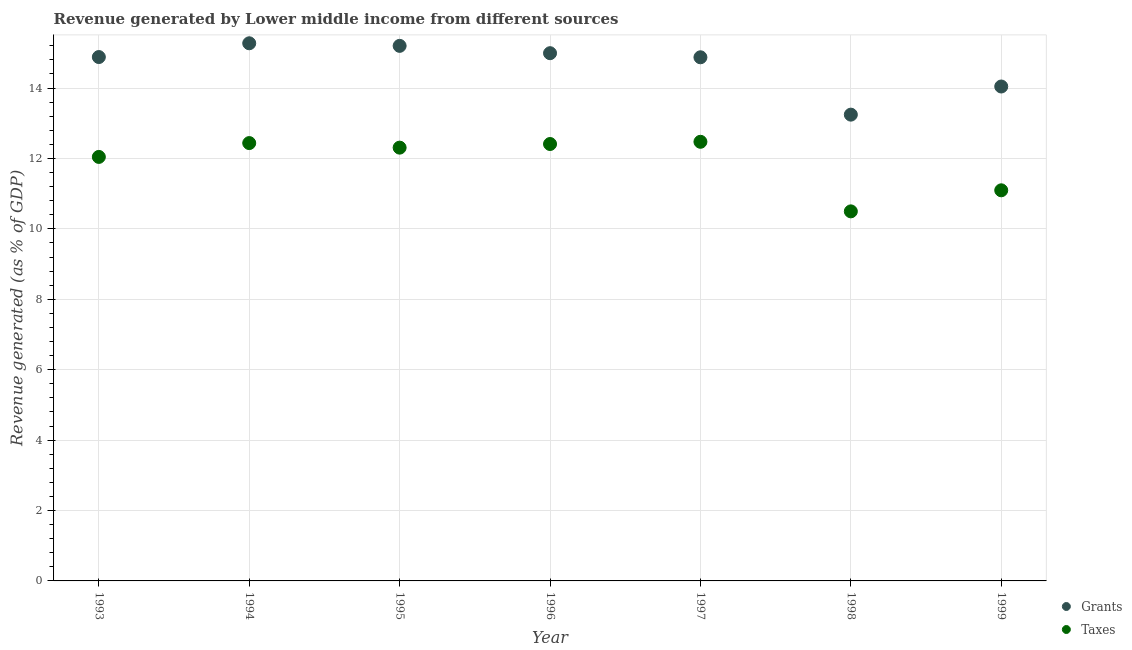
| Year | Grants | Taxes |
 | --- | --- | --- |
 | 1993 | 14.9 | 12 |
 | 1994 | 15.3 | 12.4 |
 | 1995 | 15.2 | 12.3 |
 | 1996 | 15 | 12.4 |
 | 1997 | 14.9 | 12.5 |
 | 1998 | 13.2 | 10.5 |
 | 1999 | 14 | 11.1 |